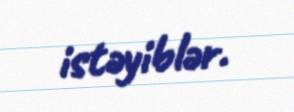
istəyiblər.